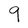
Character: 9